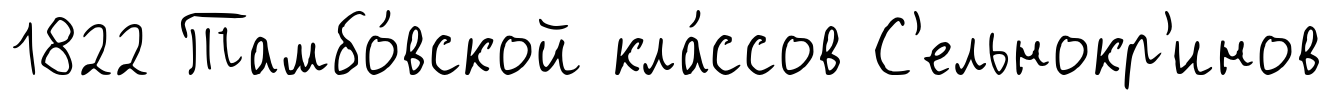
1822 Тамбо́вской кла́ссов С'ельнокр'инов